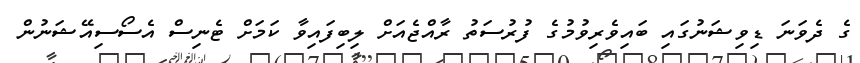
ގެ ދެވަނަ ޑިވިޝަނުގައި ބައިވެރިވުމުގެ ފުރުސަތު ރާއްޖެއަށް ލިބިފައިވާ ކަމަށް ޓެނިސް އެސޯސިއޭޝަނުން